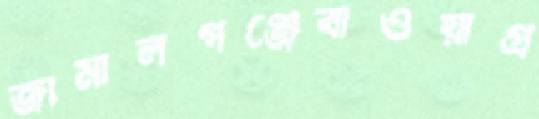
জামালগঞ্জেবাওয়াগ্র